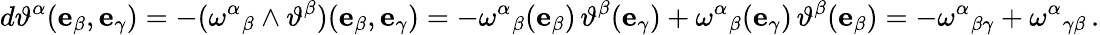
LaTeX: d\vartheta^{\alpha}(\mathbf{e}_{\beta},\mathbf{e}_{\gamma})=-(\omega^{\alpha}{}_{\beta}\wedge\vartheta^{\beta})(\mathbf{e}_{\beta},\mathbf{e}_{\gamma})=-\omega^{\alpha}{}_{\beta}(\mathbf{e}_{\beta})\, \vartheta^{\beta}(\mathbf{e}_{\gamma})+\omega^{\alpha}{}_{\beta}(\mathbf{e}_{\gamma})\, \vartheta^{\beta}(\mathbf{e}_{\beta})=-\omega^{\alpha}{}_{\beta\gamma}+\omega^{\alpha}{}_{\gamma\beta}\, .